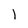
Character: 1